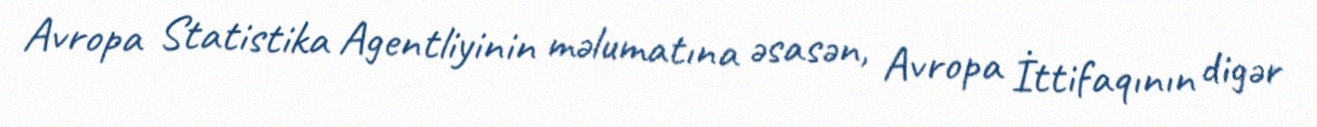
Avropa Statistika Agentliyinin məlumatına əsasən, Avropa İttifaqının digər